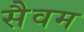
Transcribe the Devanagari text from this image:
सैवम